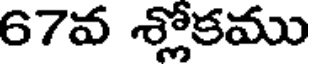
67వ శ్లోకము